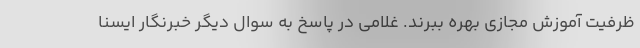
ظرفیت آموزش مجازی بهره ببرند. غلامی در پاسخ به سوال دیگر خبرنگار ایسنا